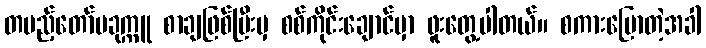
တပည့်တော်ပခုက္ကူ စာချဖြစ်ပြီးမှ စစ်ကိုင်းချောင်မှာ ဖူးတွေ့ပါတယ်။ စကားပြောတဲ့အခါ